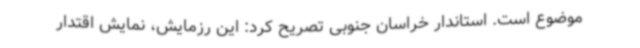
موضوع است. استاندار خراسان جنوبی تصریح کرد: این رزمایش، نمایش اقتدار